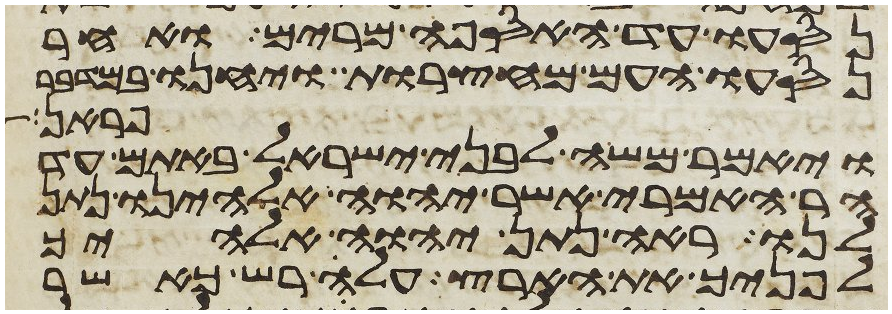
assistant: נסעו עד האספה מרים ואחר
נסעו העם מחצרות ויחנו במדבר
פראן
ויאמר משה לבני ישראל באתם עד
הר האמרי אשר יהוה אלהינו נתן
לנו ראה נתן יהוה אלהיך
לפניך את הארץ עלה רש כאשר